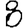
Digit: 8